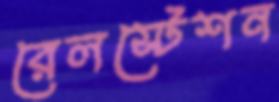
রেলস্টেশন